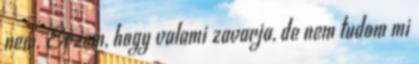
nem. Érzem, hogy valami zavarja, de nem tudom mi